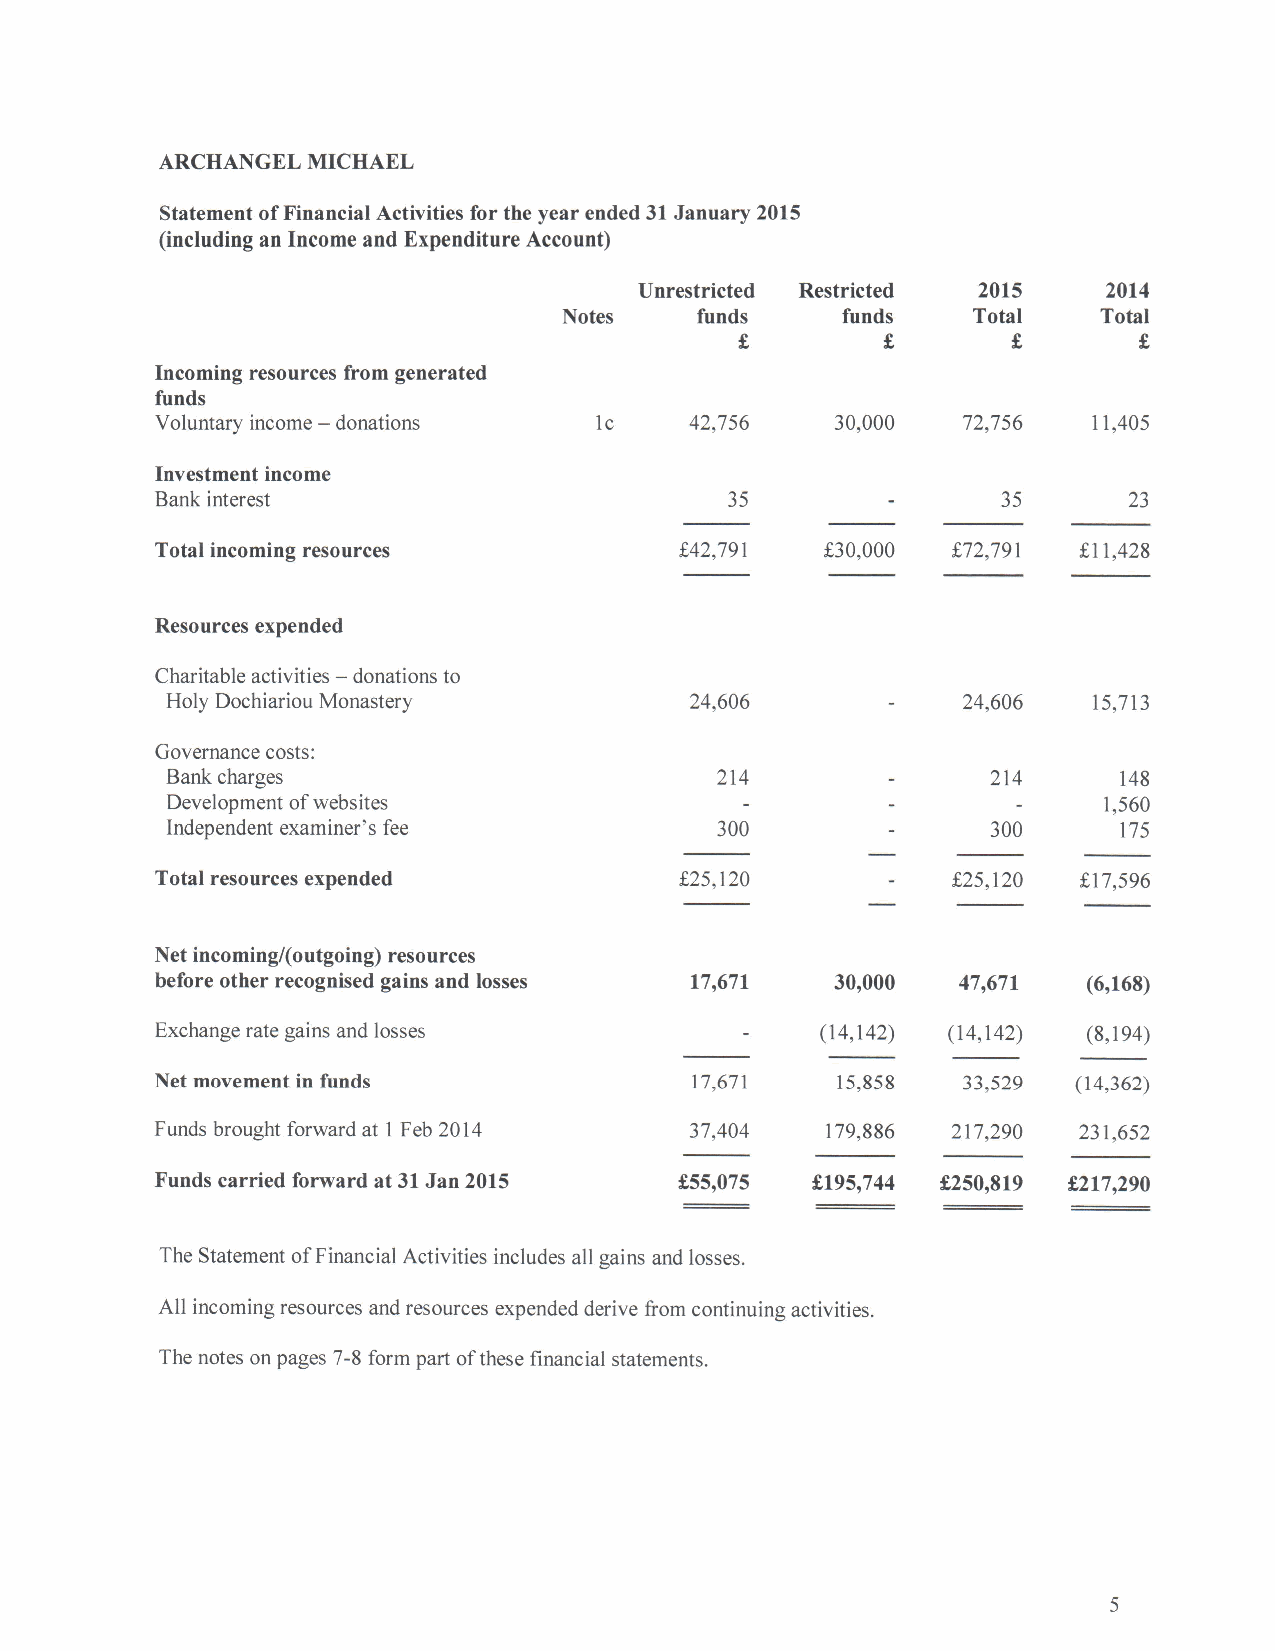
ARCHANGEL MICHAEL
 Statement ofFinancial Activities for the year ended 31January 2015
 (including an Income and Expenditure Account)
 Unrestricted Restricted 2015   2014
 Notes    funds     funds   Total    Total
 Incoming resources from generated
 funds
 Voluntary income — donations lc     42,756   30,000   72,756  11,405
 Investment income
 Bank interest                         35                35       23
 Total incoming resources           Z42,791   f30,000 /72,791 f11,428
 Resources expended
 —
 Charitable activities donations to
 Holy Dochiariou Monastery          24,606            24,606  15,713
 Governance costs:
 Bank charges                         214               214     148
 Development ofwebsites                                        1,560
 Independent examiner's fee           300               300     175
 Total resources expended           f25,120           525,120  f17,596
 Net incoming/(outgoing) resources
 before other recognised gains and losses 17,671 30,000 47,671 (6,168)
 Exchange rate gains and losses              (14,142) (14,142) (8,194)
 Net movement in funds               17,671   15,858   33,529 (14,362)
 Funds brought forward at 1 Feb 2014 37,404   179,886 217,290 231,652
 Funds carried forward at 31Jan 2015 f,55,075 f,195,744 f250,819 f217,290
 The Statement ofFinancial Activities includes all gains and losses.
 All incoming resources and resources expended derive from continuing activities.
 The notes on pages 7-8 form part ofthese financial statements.